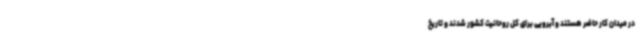
در میدان کار حاضر هستند و آبرویی برای کل روحانیت کشور شدند و تاریخ